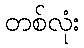
တစ်လုံး